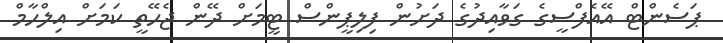
ޕަސެންޓް އޭއެފްސީގެ ގަވާއިދުގެ ދަށުން ފިލިޕީންސް ޓީމަށް ދޭން ޖެހޭތީ ކަމަށް އިލްހާމް